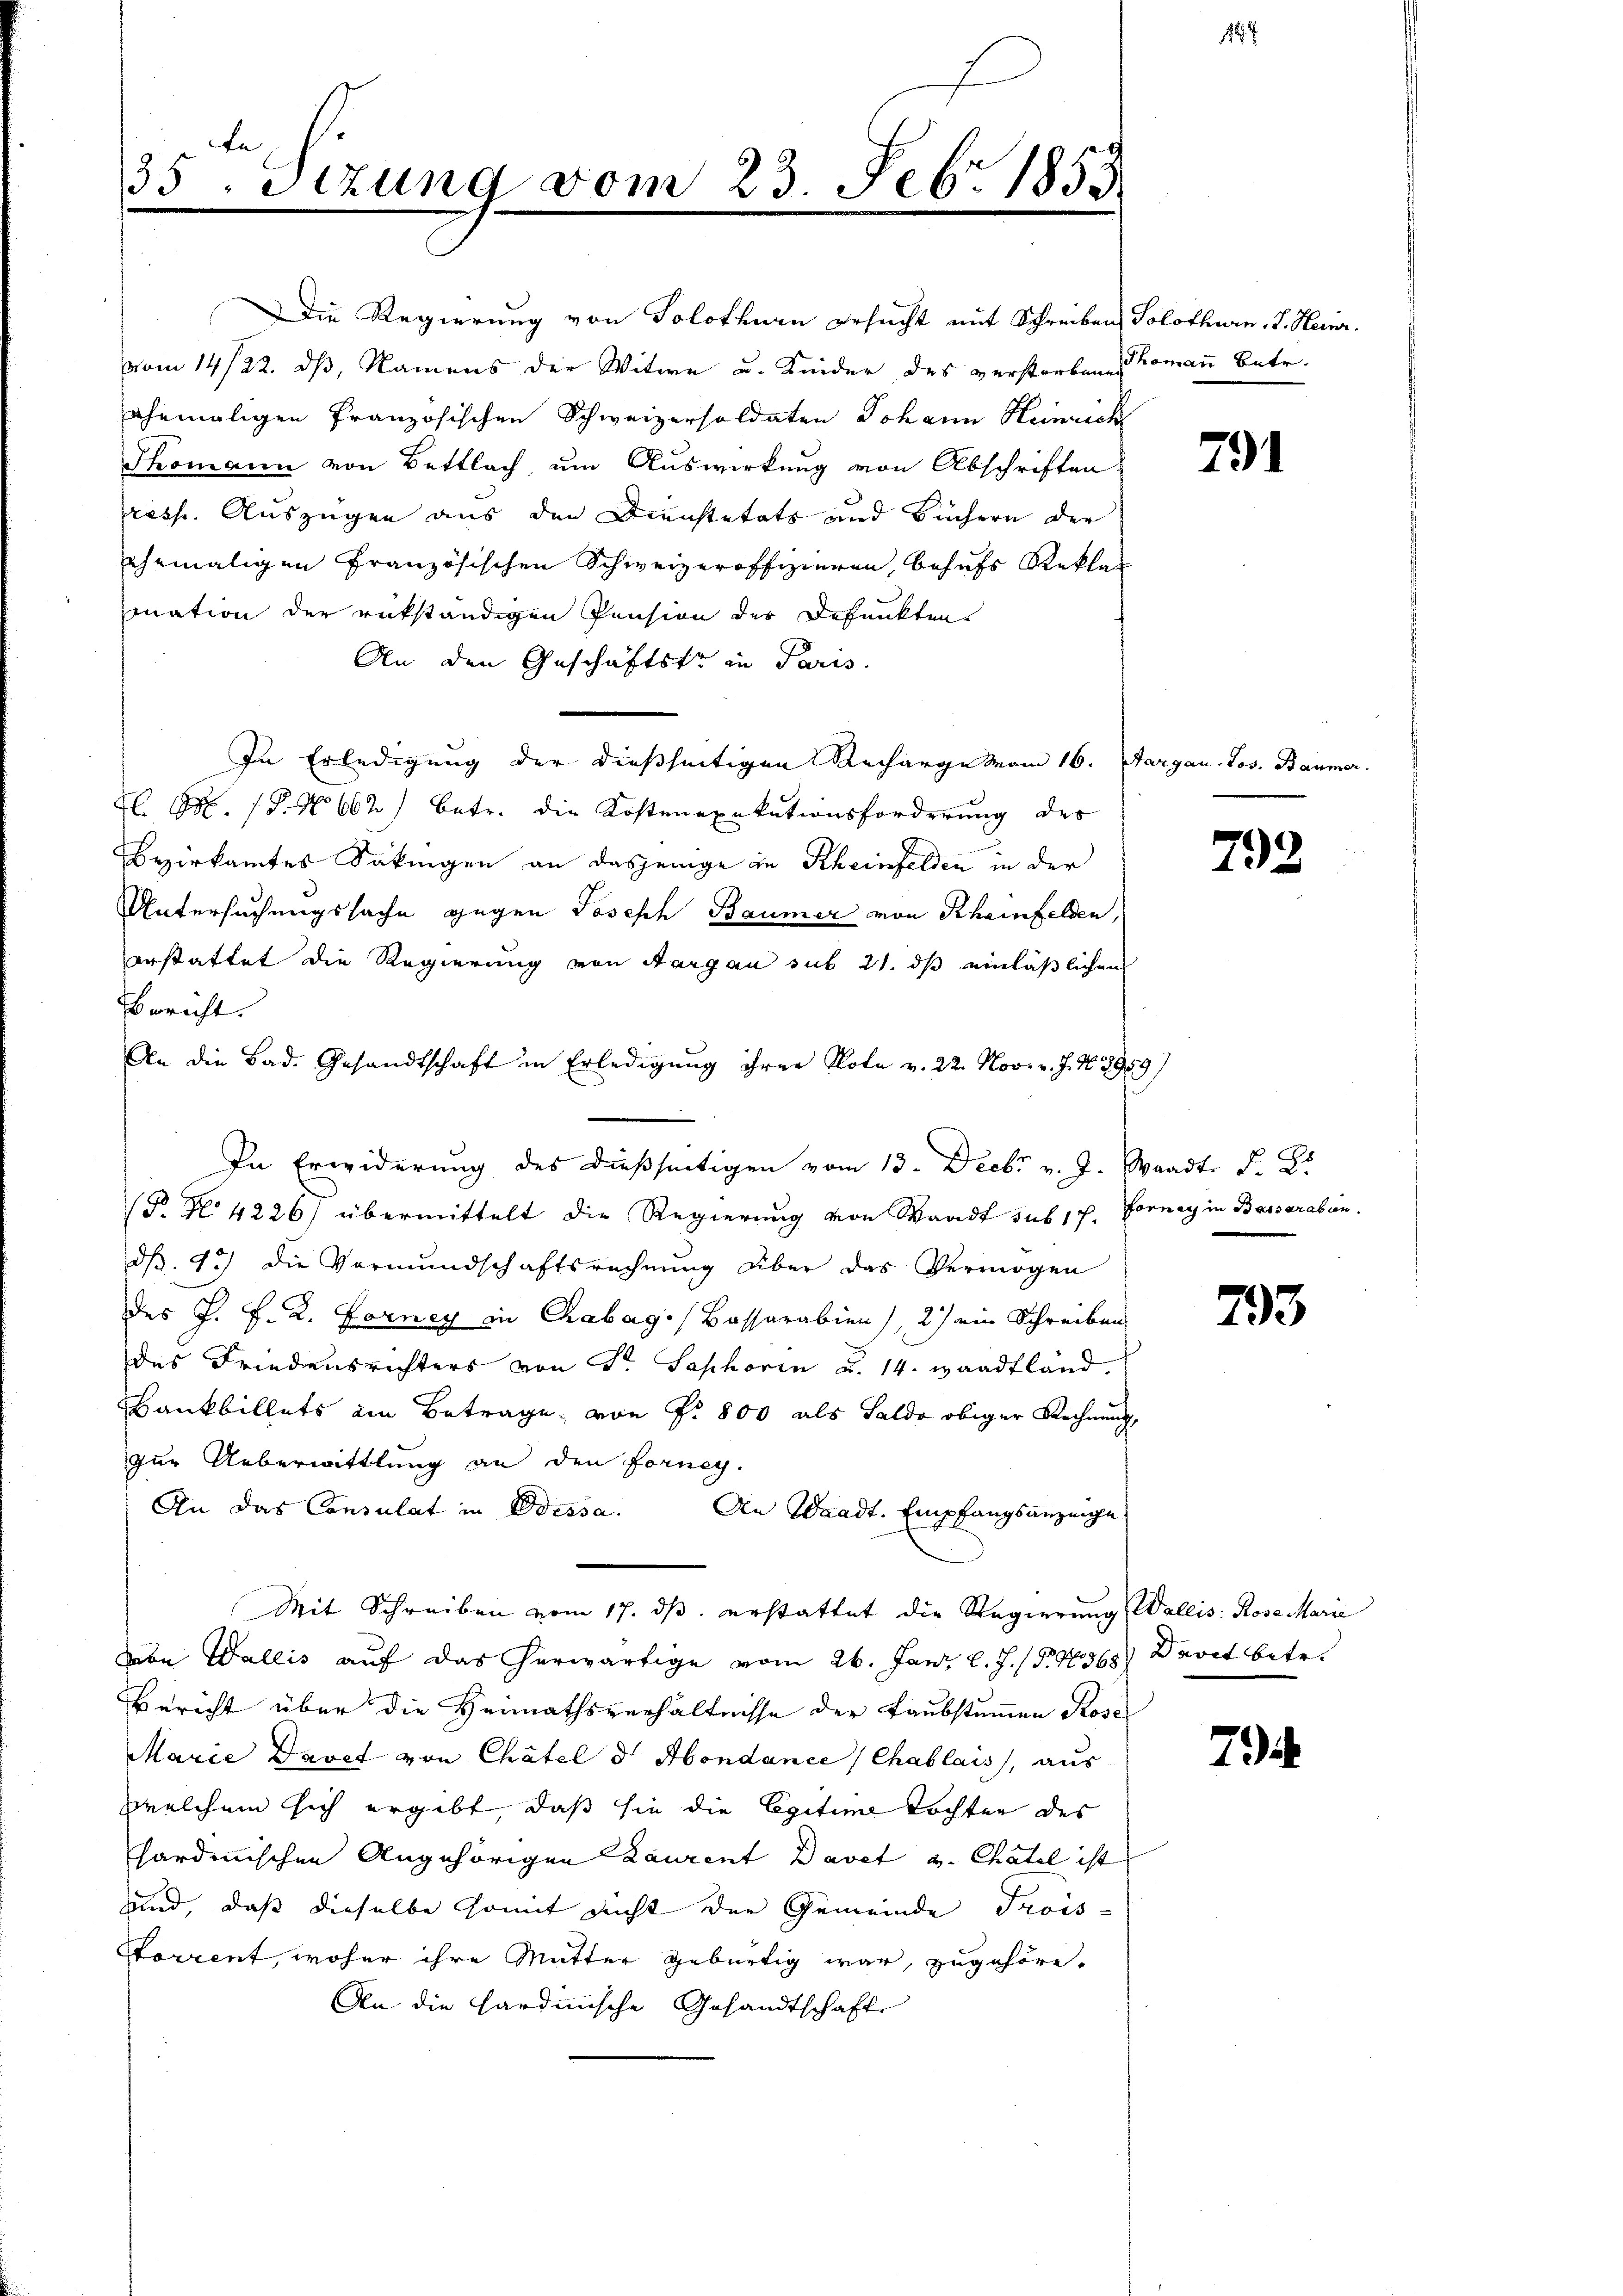
te,
35. Setzung vom 23. Febr. 1853.

Die Regierung von Solothurn ersucht mit Schreiben Solothurn. J. Heinr.
vom 14/22. dß, Namens der Witwe u. Kinder des verstorben Komann Betr.
ehemaligen Französischen Schweizersoldaten Johann Heinrich
Thomann von Bettlach, um Auswirkung von Abschriften
resse. Auszügen aus den Dienstetats und Büchern der
ehemaligen Französischen Schweizeroffizieren, behufs Reklag
mnation der rükständigen Pension der Befunkten
An den Geschäftste in Paris
In Erledigung der dießseitigen Recharge vom 16. Aargau. Jos. Baumer
Ll. M. P. No 662) betr. die Kostenexekutionsforderung des
Bezirksamtes Säkingen an dasjenige in Rheinfelden in der
Untersuchungssache gegen Joseph Baumer von Rheinfelden,
erstattet die Regierung von Aargau sub 21. ds einläßlichen
Bericht.
In Erwiderung des dießseitigen vom 13. Decbr v. J. Waadt. F. L.
(P. Nr. 4226) übermittelt die Regierung von Waadt sub 1p. Fornay in Bassaraben.
dß. 13) die Vormundschaftsrechnung über das Vermögen
des P. F. R. Forney in Chabag/Bassarabien), 2) ein Schreiben
des Friedensrichters von Sr. Saphorin u. 14. Waadtland.
kankbillets ein Betrage, von P. 800 als Saldo obiger Rechnung,
zur Ueberwittlung an den Forney.
An das Consulat in Odessa. An Waadt. Empfangsanzeige
Mit Schreiben vom 17. ds. erstattet die Regierung Wallis: Rose Marie
be Wallis auf das erwärtige vom 26. Jani l. J. (§ 4368) Davet betr.
Bericht über die Heimathsverhältnisse der Laubstummen Rose
Marie Davet von Chätel d. Mondance (Chablais, aus
welchem sich ergibt, daß sie die Egitime Tochten des
sardinischen Angehörigen Laurent Davet v. Chatel ist
und, daß dieselbe somit nicht der Gemeinde Trois-
Storrent, woher ihre Mutter gebürtig war, zugehöre.
An die Hardinische Gesandtschaft

An die Bad. Gesandtschaft in Erledigŭng ihrer Note v. 22. Nov. v. J. N. 2959)

791

792

793

7